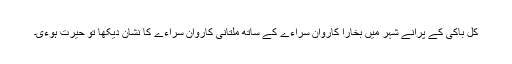
کل باکی کے پرانے شہر میں بخارا کاروان سراءے کے ساتھ ملتانی کاروان سراءے کا نشان دیکھا تو حیرت ہوءی۔